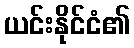
ယင်းနိုင်ငံ၏